Vaccination report Assam 1896-1927 - 1896-1927
Year: 1896
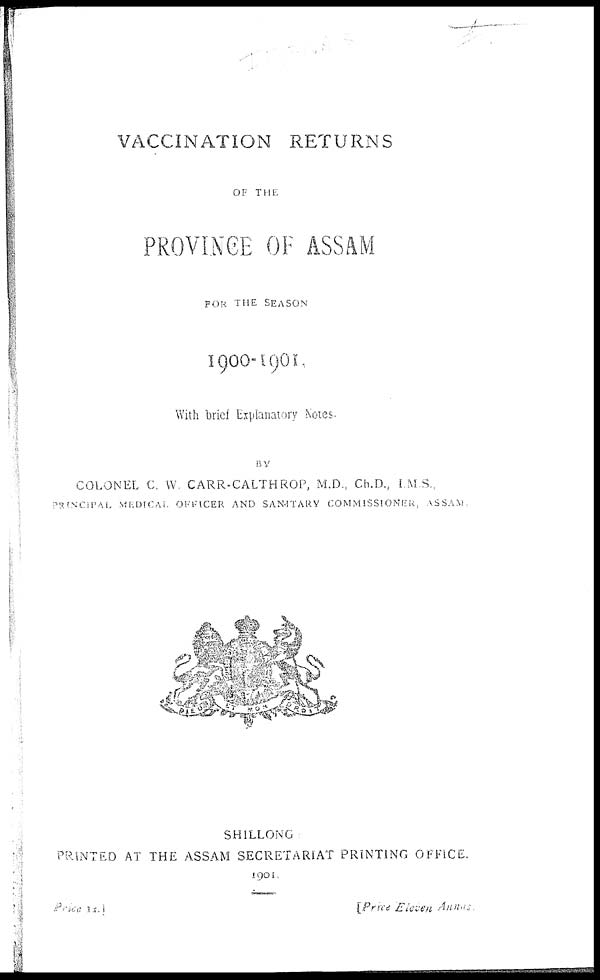
VACCINATION RETURNS
OF THE
PROVINCE OF ASSAM
FOR THE SEASON
1900-1901,
With brief Explanatory Notes.
BY
COLONEL C. W. CARR-CALTHROP, M.D., Ch.D., I M S.,
PRINCIPAL
MEDICAL OFFICER AND SANITARY COMMISSIONER, ASSAM
SHILLONG
PRINTED AT THE ASSAM SECRETARIAT PRINTING OFFICE.
1901.
Price 1d.
[Price Eleven Annas.